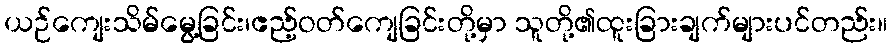
ယဉ်ကျေးသိမ်မွေ့ခြင်း၊ဧည့်ဝတ်ကျေခြင်းတို့မှာ သူတို့၏ထူးခြားချက်များပင်တည်း။